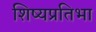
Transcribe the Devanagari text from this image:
शिष्यप्रतिभा